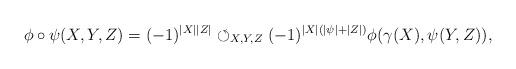
LaTeX: \begin{align*}&\phi\circ\psi(X,Y,Z)=(-1)^{|X||Z|}\circlearrowleft_{X,Y,Z}(-1)^{|X|(|\psi|+|Z|)}\phi(\gamma(X),\psi(Y,Z)), \end{align*}